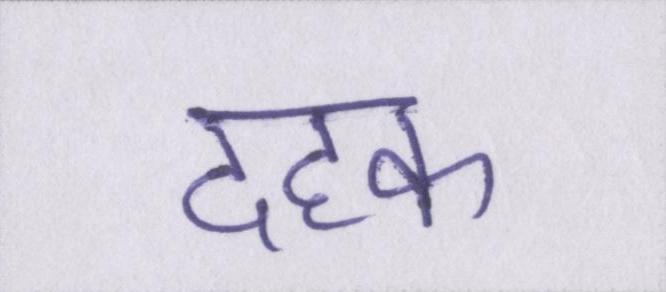
दहक